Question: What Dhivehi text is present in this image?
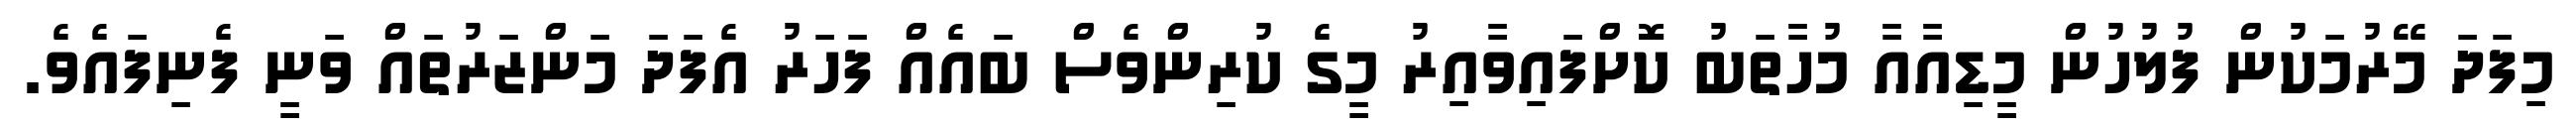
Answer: މިފަދަ މޭރުމަކުން ފުލުހުން މީޑިއާއާ މުހާތަބު ކޮށްފައިވާއިރު މީގެ ކުރިންވެސް ބައެއް ފަހަރު އެފަދަ މަންޒަރުތައް ވަނީ ފެނިފައެވެ.